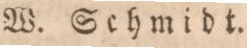
W. Schmidt.